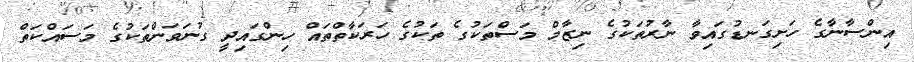
އިންސާނާގެ ހަށިގަނޑުގައިވާ ނާރުތަކުގެ ނިޒާމް މަސްތަކުގެ ތަކުގެ ހަރަކާތްތައް ހިންގައިދީ ގުނަވަންތަކުގެ މަސައްކަތް